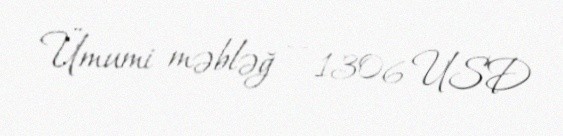
Ümumi məbləğ — 1306 USD